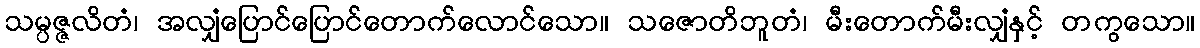
သမ္ပဇ္ဇလိတံ၊ အလျှံပြောင်ပြောင်တောက်လောင်သော။ သဇောတိဘူတံ၊ မီးတောက်မီးလျှံနှင့် တကွသော။